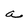
Character: a